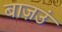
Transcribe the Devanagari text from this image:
बाज़उं